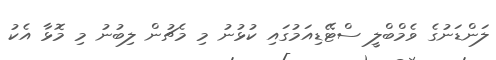
ލަންޑަނުގެ ވެމްބްލީ ސްޓޭޑިއަމުގައި ކުޅުނު މި މެޗުން ލިބުނު މި މޮޅާ އެކު